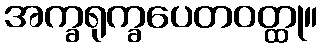
အက္ခရုက္ခပေတဝတ္ထု။